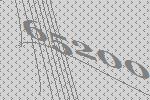
65200